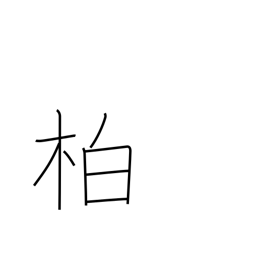
Meaning: cypress